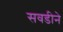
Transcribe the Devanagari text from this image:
सवडीने